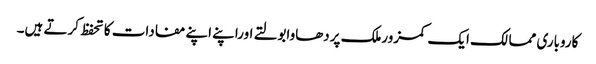
کاروباری ممالک ایک کمزورملک پردھاوابولتے اوراپنے اپنے مفادات کا تحفظ کرتے ہیں۔